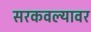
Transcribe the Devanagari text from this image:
सरकवल्यावर